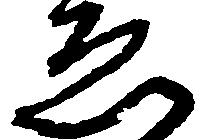
ゑ